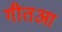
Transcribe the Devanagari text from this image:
गीतआ